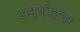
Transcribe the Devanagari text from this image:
अनुशीलता